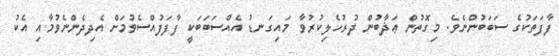
ފާފަތަކުގެ ސަބަބުންނެވެ. މިގޮތުން ޢަޛާބުން ދުރުހެލިކުރުވާ މައިގަނޑު އެއްސަބަބަކީ ފާފަފުއްސެވުމަށް އެދިދެންނެވުމާއި އެކު